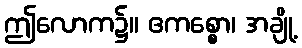
ဤလောက၌။ ဧကစ္စော၊ အချို့